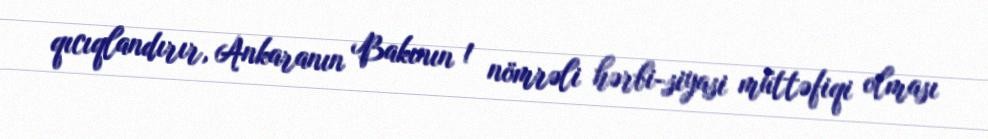
qıcıqlandırır, Ankaranın Bakının 1 nömrəli hərbi-siyasi müttəfiqi olması